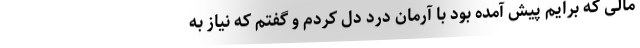
مالی که برایم پیش آمده بود با آرمان درد دل کردم و گفتم که نیاز به